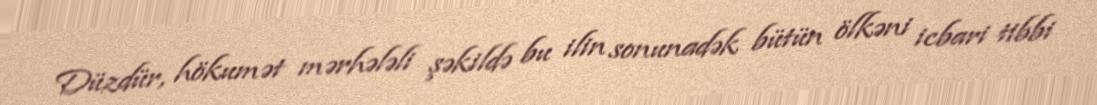
Düzdür, hökumət mərhələli şəkildə bu ilin sonunadək bütün ölkəni icbari tibbi